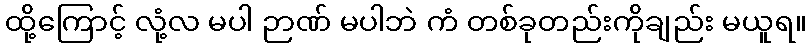
ထို့ကြောင့် လုံ့လ မပါ ဉာဏ် မပါဘဲ ကံ တစ်ခုတည်းကိုချည်း မယူရ။